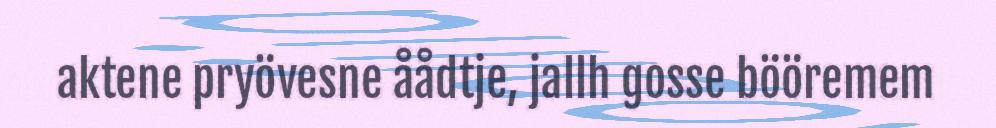
aktene pryövesne åådtje, jallh gosse bööremem